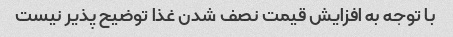
با توجه به افزایش قیمت نصف شدن غذا توضیح پذیر نیست